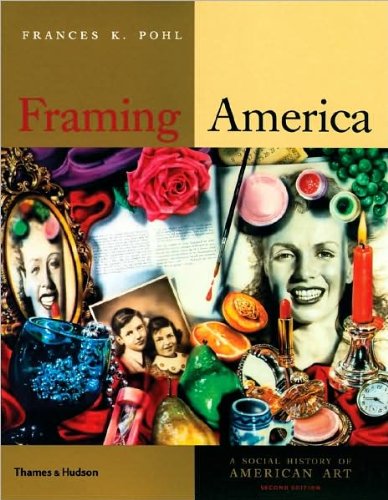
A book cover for Framing America (text only) 2nd(Second) edition by F. K. Pohl; F. K. Pohl; Crafts, Hobbies & Home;